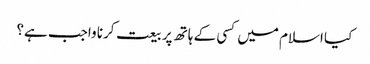
کیا اسلام میں کسی کے ہاتھ پر بیعت کرنا واجب ہے؟